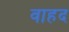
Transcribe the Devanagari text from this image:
वाहद